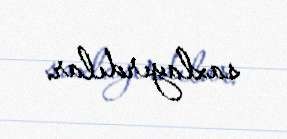
saxlayırdılar.